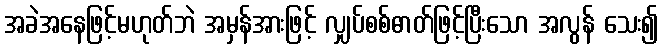
အခဲအနေဖြင့်မဟုတ်ဘဲ အမှန်အားဖြင့် လျှပ်စစ်ဓာတ်ဖြင့်ပြီးသော အလွန် သေး၍